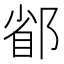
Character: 𨜜